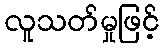
လူသတ်မှုဖြင့်